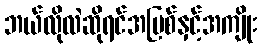
ဘယ်လိုလဲဆိုရင်အပြစ်နှင့်အကျိုး